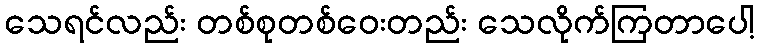
သေရင်လည်း တစ်စုတစ်ဝေးတည်း သေလိုက်ကြတာပေါ့